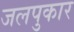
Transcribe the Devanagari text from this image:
जलपुकार